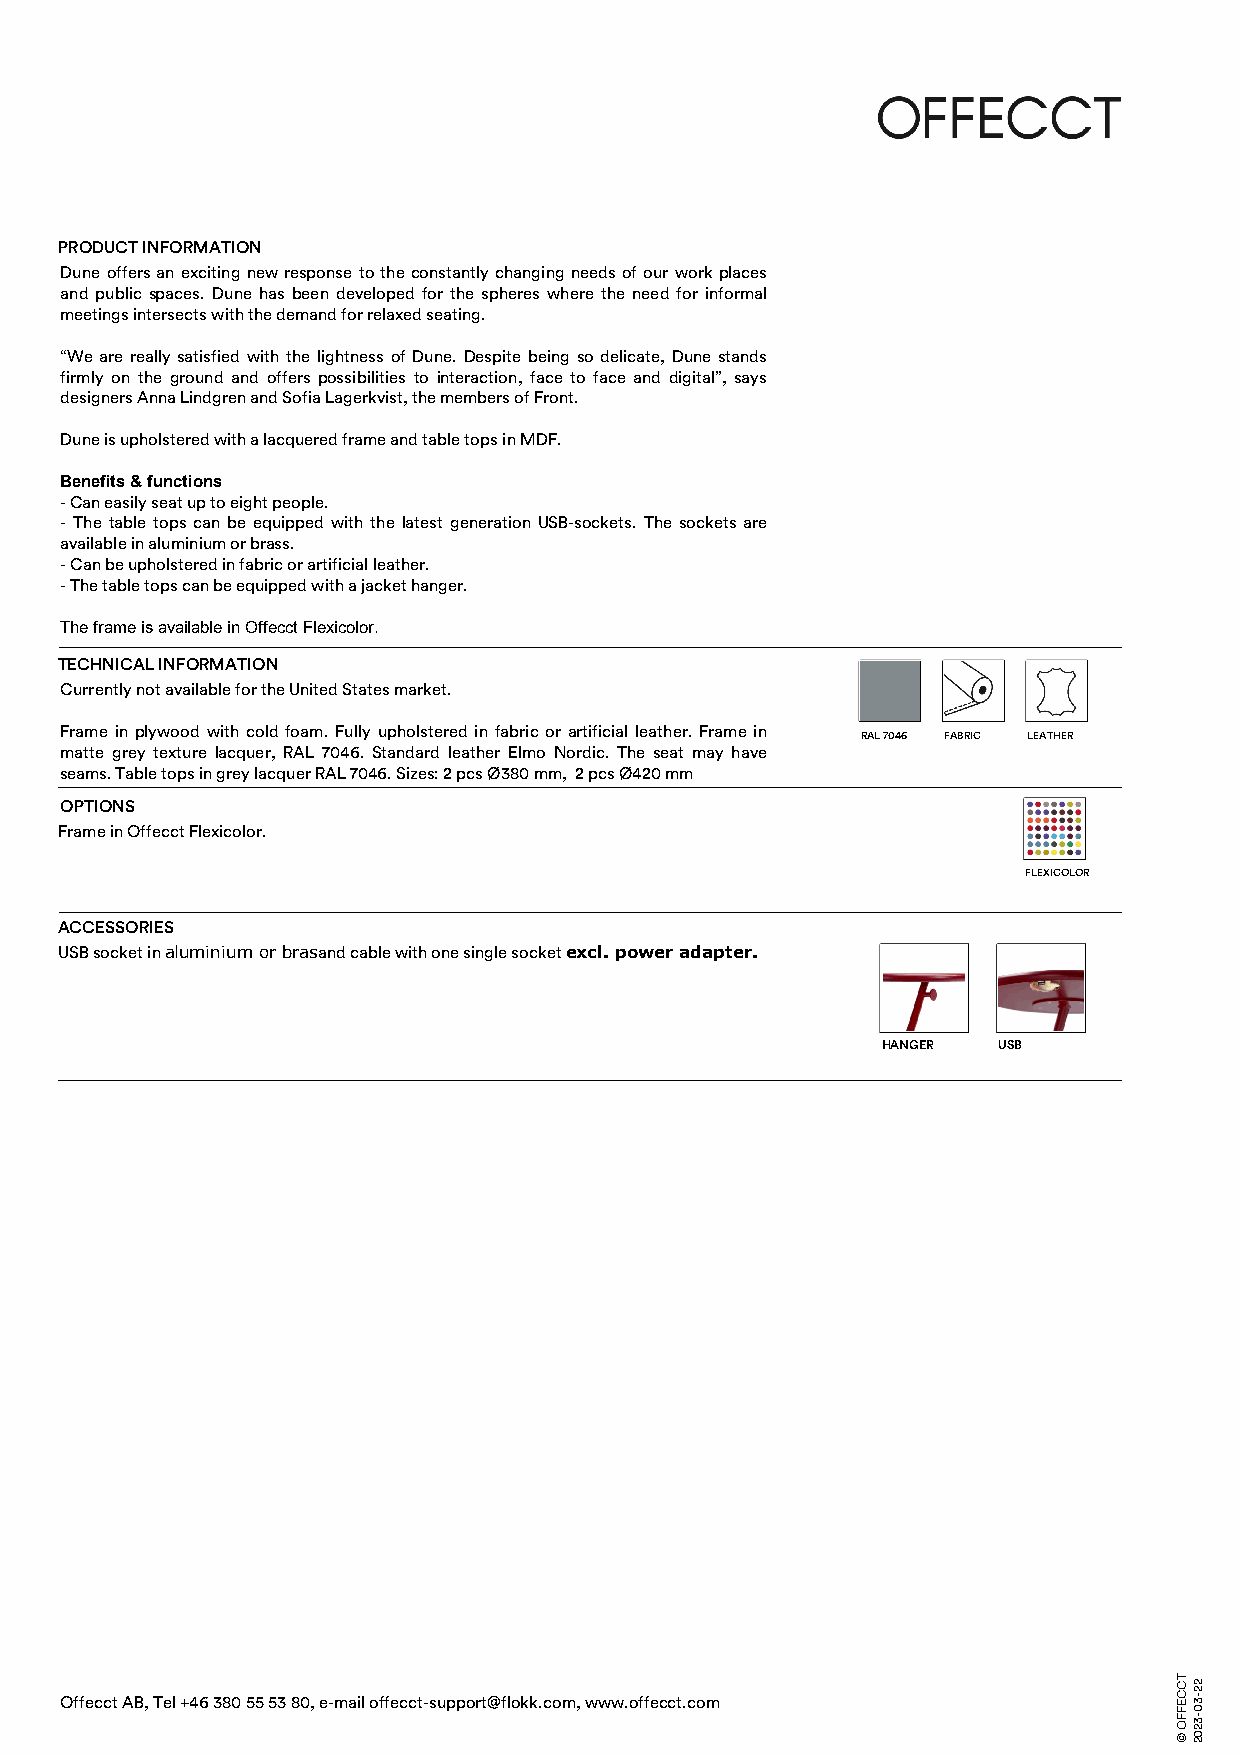
PRODUCT INFORMATION
 Dune offers an exciting new response to the constantly changing needs of our work places
 and public spaces. Dune has been developed for the spheres where the need for informal
 meetings intersects with the demand for relaxed seating.
 “We are really satisfied with the lightness of Dune. Despite being so delicate, Dune stands
 firmly on the ground and offers possibilities to interaction, face to face and digital”, says
 designers Anna Lindgren and Sofia Lagerkvist, the members of Front.
 Dune is upholstered with a lacquered frame and table tops in MDF.
 Benefits & functions
 - Can easily seat up to eight people.
 - The table tops can be equipped with the latest generation USB-sockets. The sockets are
 available in aluminium or brass.
 - Can be upholstered in fabric or artificial leather.
 - The table tops can be equipped with a jacket hanger.
 The frame is available in Offecct Flexicolor.
 TECHNICAL INFORMATION
 Currently not available for the United States market.
 Frame in plywood with cold foam. Fully upholstered in fabric or artificial leather. Frame in
 RAL 7046 FABRIC LEATHER
 matte grey texture lacquer, RAL 7046. Standard leather Elmo Nordic. The seat may have
 seams. Table tops in grey lacquer RAL 7046. Sizes: 2 pcs Ø380 mm, 2 pcs Ø420 mm
 OPTIONS
 Frame in Offecct Flexicolor.
 FLEXICOLOR
 ACCESSORIES
 USB socket in aluminium or brasand cable with one single socket excl. power adapter.
 HANGER  USB
 Offecct AB, Tel +46 380 55 53 80, e-mail offecct-support@flokk.com, www.offecct.com
 TCCEFFO
 ©
 22-30-3202